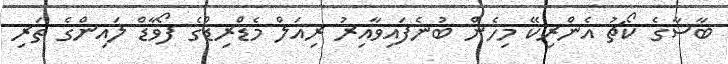
ބާސާގެ ކޯޗު އެންރިކޭ މިހެން ބުނެފައިވާއިރު ރިއަލް މެޑްރިޑްގެ ފޯވާޑް ލައިންގެ ތަރި